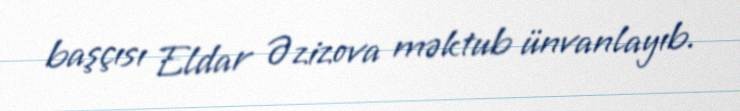
başçısı Eldar Əzizova məktub ünvanlayıb.